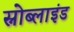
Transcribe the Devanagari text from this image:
स्नोब्लाइंड